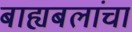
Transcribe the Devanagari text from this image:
बाह्यबलांचा